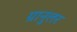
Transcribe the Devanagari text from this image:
ग्रानुलर